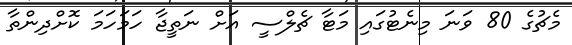
މެޗުގެ 80 ވަނަ މިނެޓުގައި މަޓާ ޗެލްސީ އަށް ނަތީޖާ ހަމަހަމަ ކޮށްދިންތާ